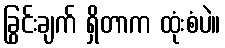
ခြွင်းချက် ရှိတာက ထုံးစံပဲ။